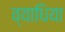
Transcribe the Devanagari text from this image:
व्याधिया